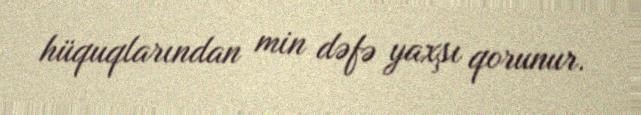
hüquqlarından min dəfə yaxşı qorunur.